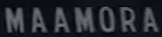
MAAMORA